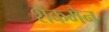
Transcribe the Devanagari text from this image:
शेंकमेन